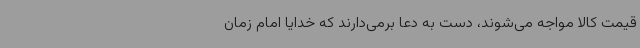
قیمت کالا مواجه می‌شوند، دست به دعا برمی‌دارند که خدایا امام زمان